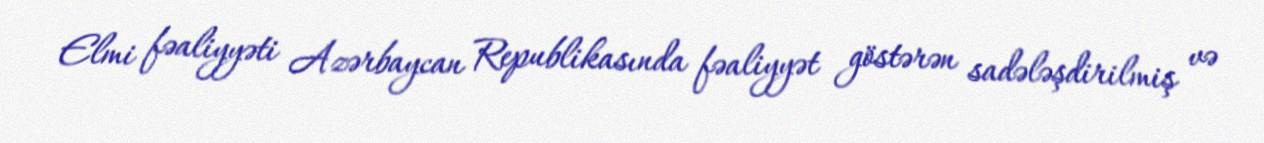
Elmi fəaliyyəti Azərbaycan Republikasında fəaliyyət göstərən sadələşdirilmiş və